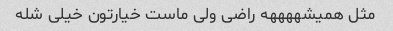
مثل همیشههههه راضی ولی ماست خیارتون خیلی شله